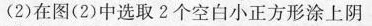
(2)在图(2)中选取2个空白小正方形涂上阴